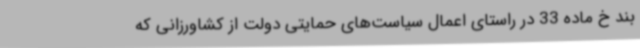
بند خ ماده 33 در راستای اعمال سیاست‌های حمایتی دولت از کشاورزانی که